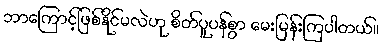
ဘာကြောင့်ဖြစ်နိုင်မလဲဟု စိတ်ပူပန်စွာ မေးမြန်းကြပါတယ်။